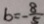
b = - \frac { 8 } { 5 }